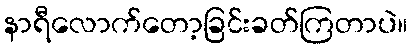
နာရီလောက်တော့ခြင်းခတ်ကြတာပဲ။